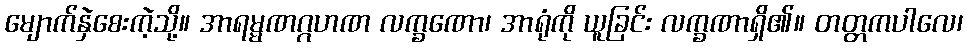
မျောက်နှဲစေးကဲ့သို့။ အာရမ္မဏဂ္ဂဟဏ လက္ခဏော၊ အာရုံကို ယူခြင်း လက္ခဏာရှိ၏။ တတ္တကပါလေ၊